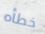
خطأه